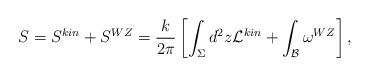
LaTeX: \begin{align*}S = S^{kin} + S^{WZ} = \frac{k}{2\pi}\left[ \int_{\Sigma} d^2 z {\cal L}^{kin} + \int_{\cal B} \omega^{WZ} \right] ,\end{align*}